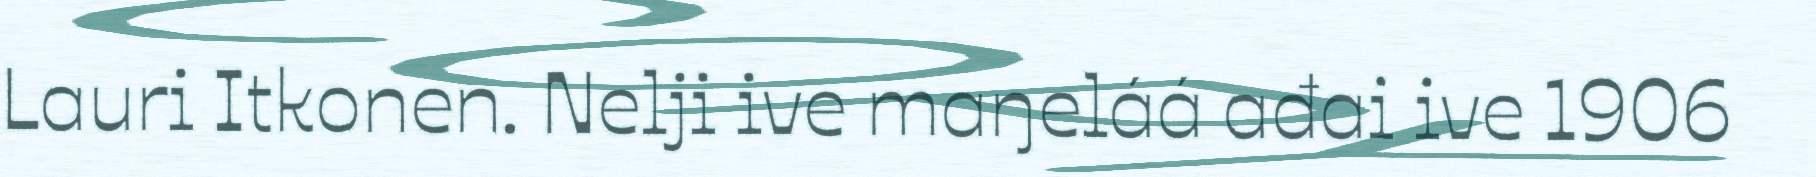
Lauri Itkonen. Nelji ive maŋeláá ađai ive 1906